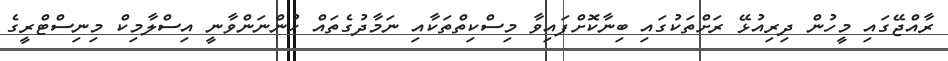
ރާއްޖޭގައި މީހުން ދިރިއުޅޭ ރަށްތަކުގައި ބިނާކޮށްފައިވާ މިސްކިތްތަކާއި ނަމާދުގެތައް ހުންނަންވާނީ އިސްލާމިކް މިނިސްޓްރީގެ